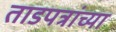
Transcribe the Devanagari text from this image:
ताडपत्रांच्या